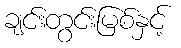
ချင်းတွင်းမြစ်နှင့်